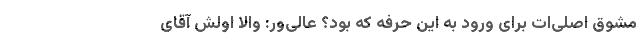
مشوق اصلی‌ات برای ورود به این حرفه که بود؟ عالی‌ور: والا اولش آقای